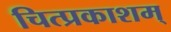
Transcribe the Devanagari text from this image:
चित्प्रकाशम्‌